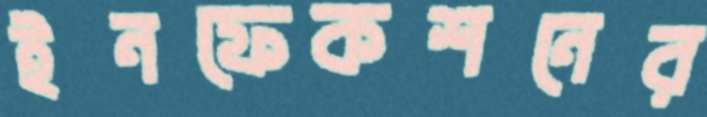
ইনফেকশনের